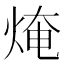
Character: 㷈